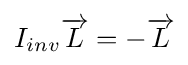
I_{inv}{\overrightarrow {L}}=-{\overrightarrow {L}}